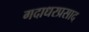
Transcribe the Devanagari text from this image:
गदाधरप्रसाद